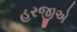
હરજીએ